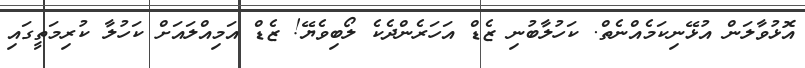
އޮޅުވާލަން އުޅޭނިކަމެއްނެތް. ކަހުލާބުނި ޒެޑް އަހަރެންދެކެ ލޯބިވެޔޭ! ޒެޑް އަމިއްލައަށް ކަހުލާ ކުރިމަތީގައި